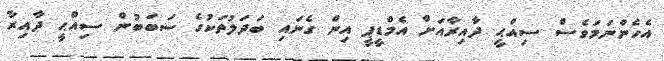
އެހެންނަމަވެސް ސިއްޙީ ދާއިރާއަށް އެމްޑީޕީ އިން ގެނައި ބަދަލުތަކުގެ ސަބަބުން ސިއްޙީ ދާއިރާ